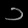
Digit: ၁